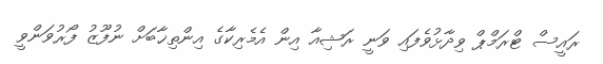
ރައީސް ޓްރަމްޕް ވިދާޅުވެފައި ވަނީ ރަޝިއާ އިން އެމެރިކާގެ އިންތިޚާބަށް ނުފޫޒު ފޯރުވަންވީ